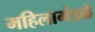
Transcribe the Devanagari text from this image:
महिलामंडळे